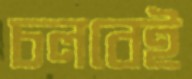
চলবেই